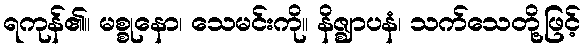
ရကုန်၏။ မစ္စုနော၊ သေမင်းကို။ နိဇ္ဈာပနံ၊ သက်သေတို့ဖြင့်